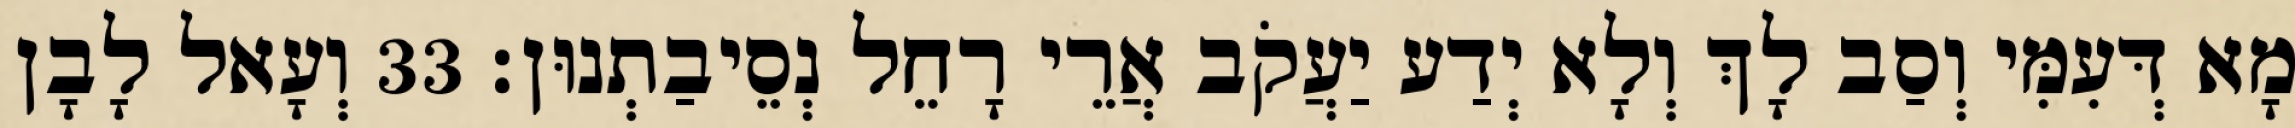
מָא דְּעִמִּי וְסַב לָךְ וְלָא יְדַע יַעֲקֹב אֲרֵי רָחֵל נְסֵיבַתְנוּן׃ 33 וְעָאל לָבָן